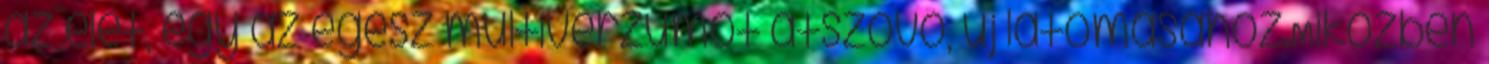
az élet, egy az egész multiverzumot átszövő, új látomásához.Miközben